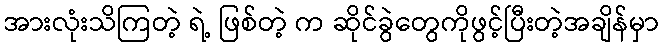
အားလုံးသိကြတဲ့ ရဲ့ ဖြစ်တဲ့ က ဆိုင်ခွဲတွေကိုဖွင့်ပြီးတဲ့အချိန်မှာ